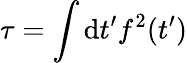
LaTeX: \tau=\int\mathrm{d}t^{\prime}f^{2}(t^{\prime})